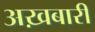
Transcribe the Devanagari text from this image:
अख़बारी